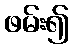
ဖမ်း၍